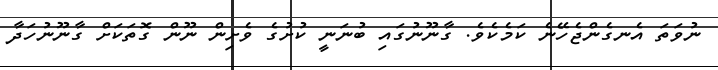
ނުވަތަ އެނގެންޖެހޭނެ ކަމެކެވެ. ގާނޫނުގައި ބުނަނީ ކުށުގެ ވެށިން ނޫން ގޮތަކަށް ގާނޫނުހަދާ